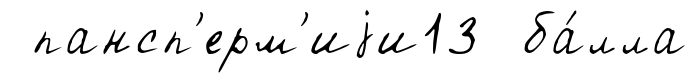
пансп'ерм'иjи13 ба́лла